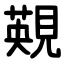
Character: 䚆